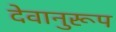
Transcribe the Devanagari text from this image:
देवानुरूप